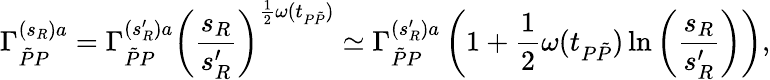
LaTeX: \Gamma_{\tilde{P}P}^{(s_{R})a}=\Gamma_{\tilde{P}P}^{(s_{R}^{\prime})a}\left(\frac{s_{R}}{s_{R}^{\prime}}\right)^{\frac{1}{2}\omega(t_{P\tilde{P}})}\simeq\Gamma_{\tilde{P}P}^{(s_{R}^{\prime})a}\left(1+\frac{1}{2}\omega(t_{P\tilde{P}})\ln{\left(\frac{s_{R}}{s_{R}^{\prime}}\right)}\right),